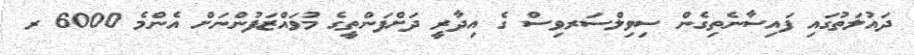
ދައުލަތުގައި ފައިސާނެތިގެން ސިވިލްސަރވިސް ގެ އިދާރީ ދަށްފަންތީގެ މުވައްޒަފުންނަށް އެންމެ 6000 ރ